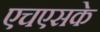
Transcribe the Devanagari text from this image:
एचएसके